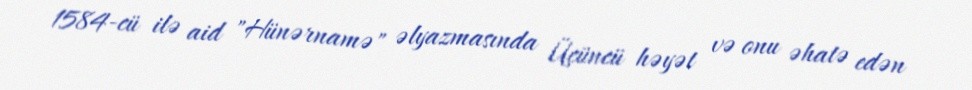
1584-cü ilə aid "Hünərnamə" əlyazmasında Üçüncü həyət və onu əhatə edən